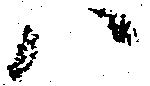
ハ